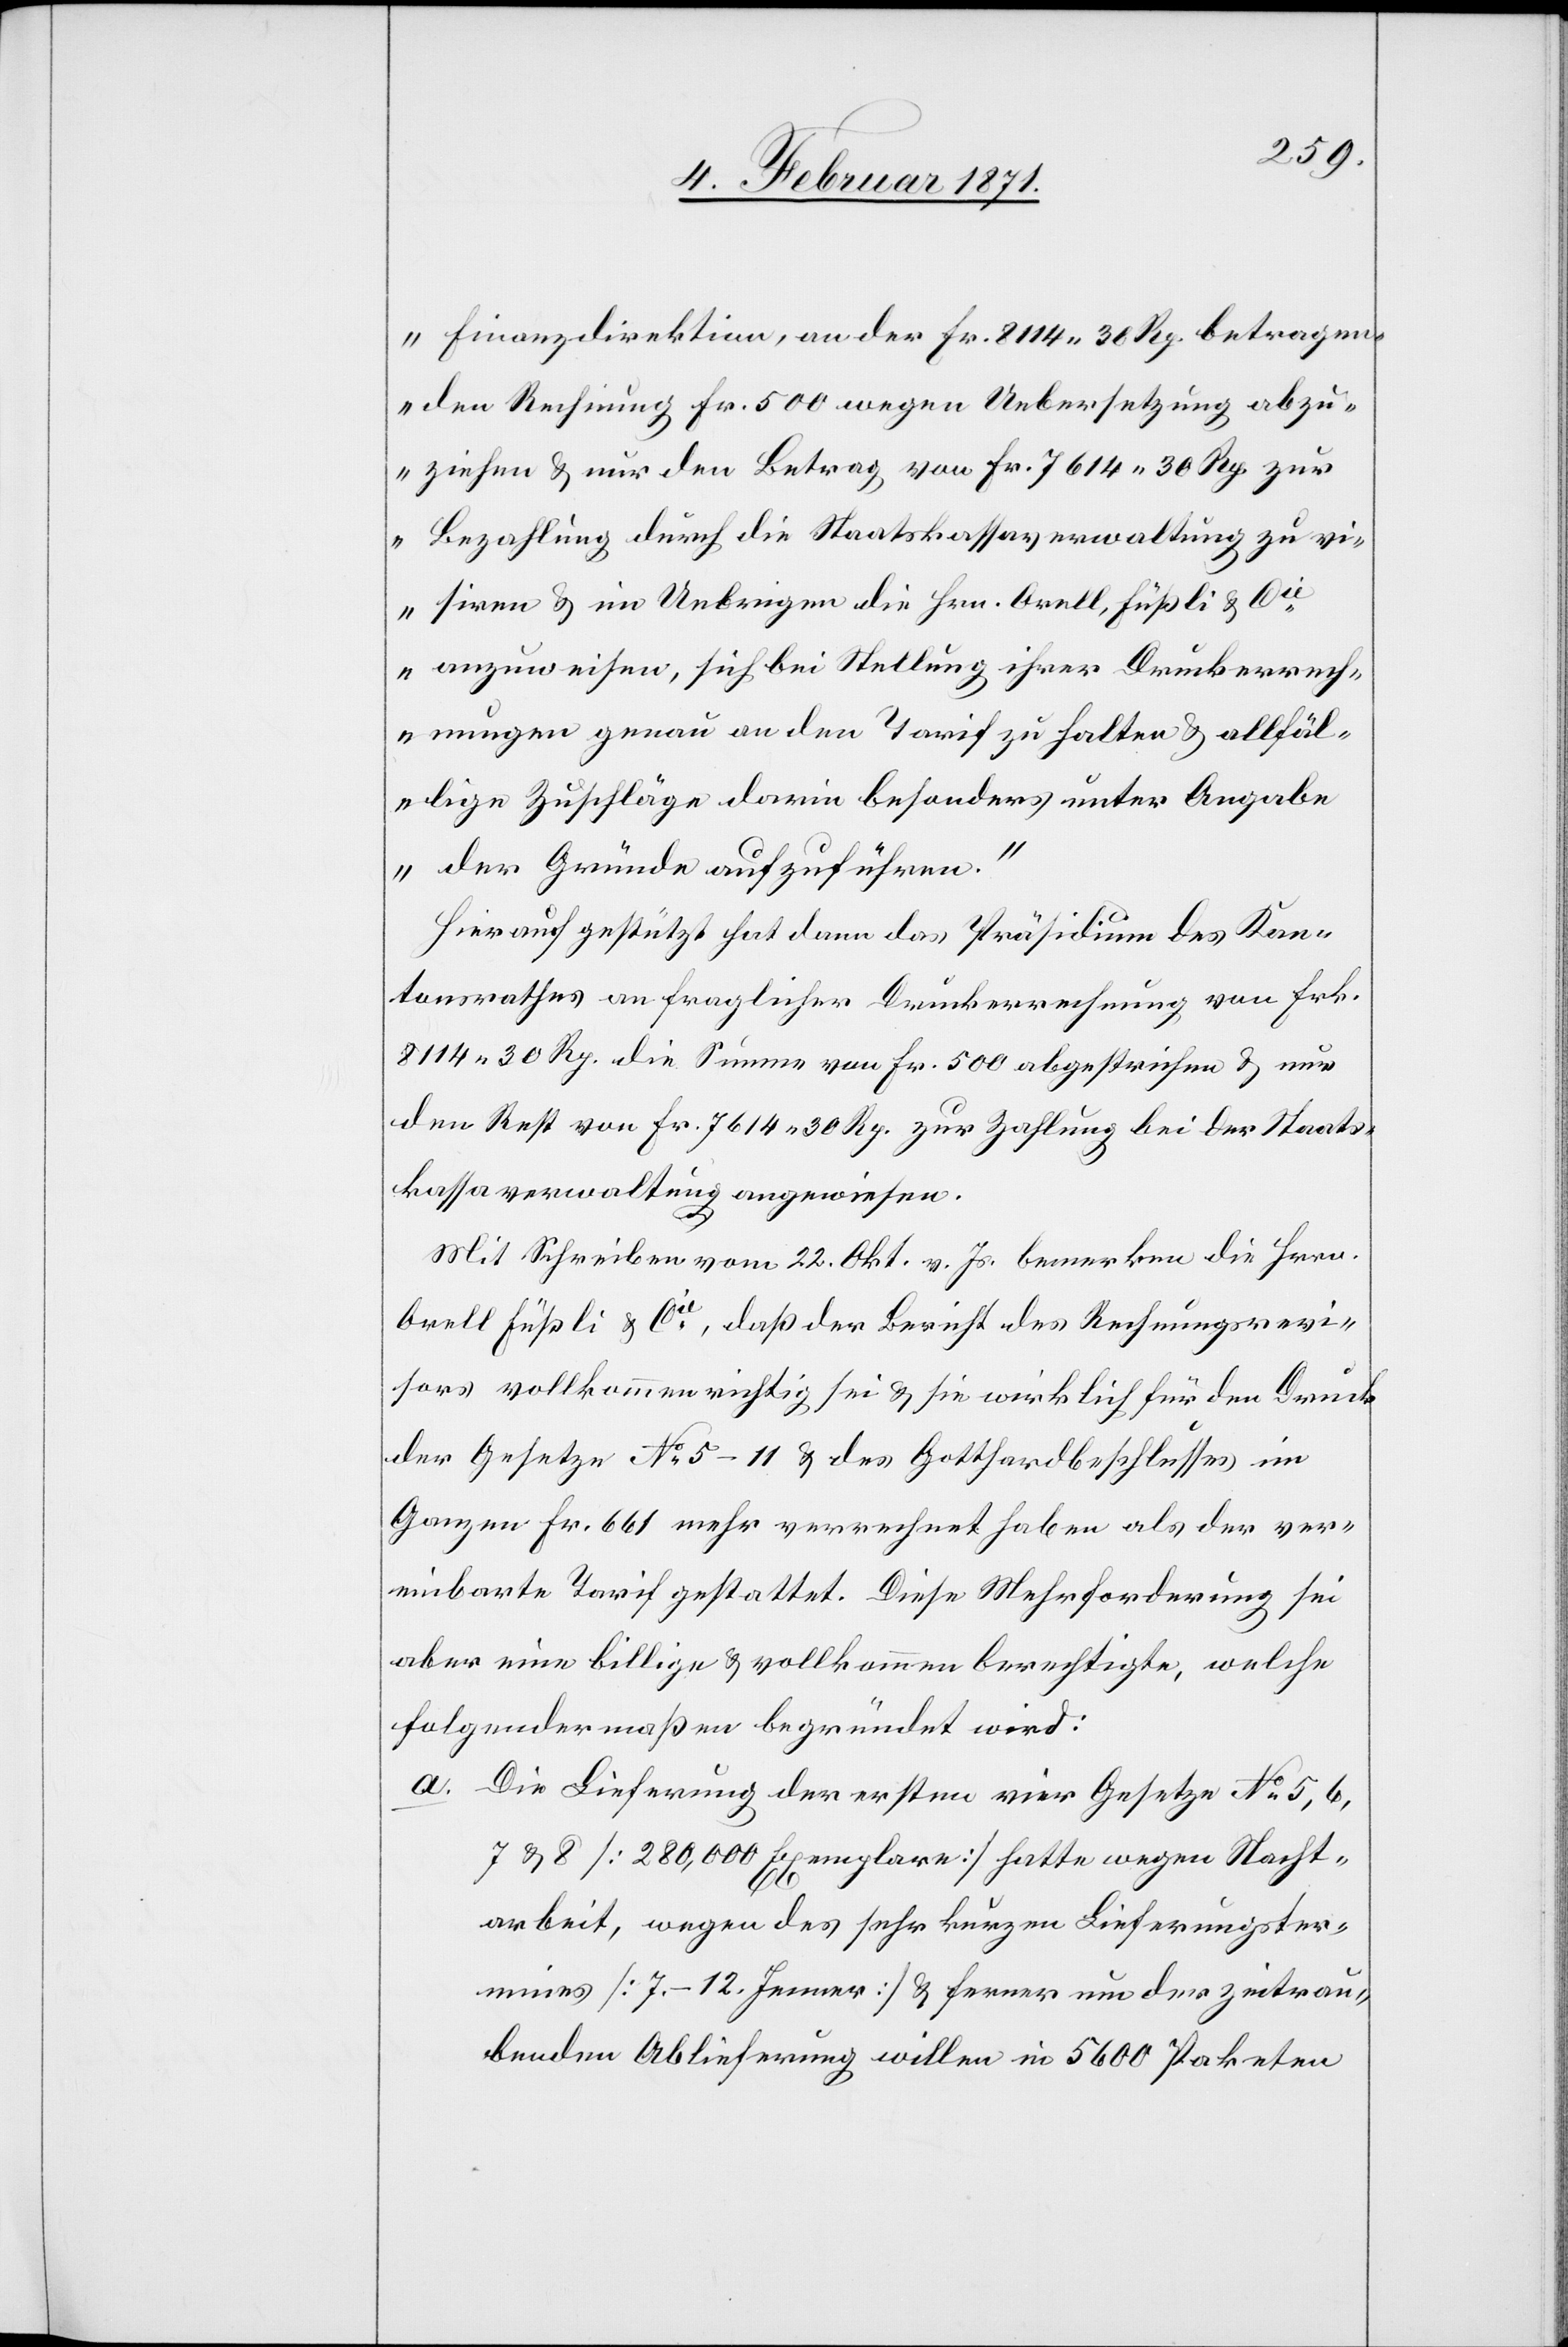
Finanzdirektion, an der Fr. 8114.30 Rp. betragen¬
den Rechnung Fr. 500 wegen Uebersetzung abzu¬
ziehen u. nur den Betrag von Fr. 7614.30 Rp. zur
Bezahlung durch die Staatskassaverwaltung zu vi¬
siren u. im Uebrigen die Hrn. Orell, Füßli & Ci¬
e. anzuweisen, sich bei Stellung ihrer Druckerrech¬
nungen genau an den Tarif zu halten u. allfäl¬
lige Zuschläge darin besonders unter Angabe
der Gründe aufzuführen.“
Hierauf gestützt hat dann das Präsidium des Kan¬
tonsrathes an fraglicher Druckerrechnung von Frk.
8114.30 Rp die Summe von Fr. 500 abgestrichen u. nur
den Rest von Fr. 7614.30 Rp. zur Zahlung bei der Staats¬
kassaverwaltung angewiesen.
Mit Schreiben vom 22. Okt. v. Js. bemerken die Hrrn.
Orell Füßli & Cie., daß der Bericht des Rechnungsrevi¬
sors vollkommen richtig sei u. sie wirklich für den Druck
der Gesetze No. 5–11 u. des Gotthardbeschlusses im
Ganzen Fr. 661 mehr verrechnet haben als der ver¬
einbarte Tarif gestattet. Diese Mehrforderung sei
aber eine billige u. vollkommen berechtigte, welche
folgendermaßen begründet wird.
a. Die Lieferung der ersten vier Gesetze No. 5, 6,
7 u. 8 [280,000 Exemplare] hatte wegen Nacht¬
arbeit, wegen des sehr kurzen Lieferungster¬
min [7.–12. Jenner] u. ferner um der zeitrau¬
benden Ablieferung willen in 5600 Paketen